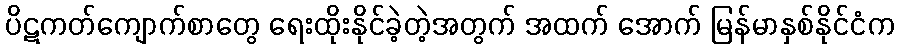
ပိဋကတ်ကျောက်စာတွေ ရေးထိုးနိုင်ခဲ့တဲ့အတွက် အထက် အောက် မြန်မာနှစ်နိုင်ငံက